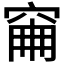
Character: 𥥼